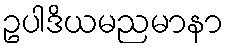
ဥပါဒိယမညမာနာ